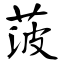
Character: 菠